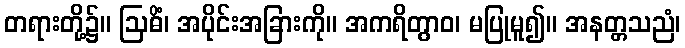
တရားတို့၌။ ဩဓိံ၊ အပိုင်းအခြားကို။ အကရိတွာဝ၊ မပြုမူ၍။ အနတ္တသညံ၊